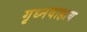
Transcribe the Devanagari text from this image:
गृध्नवाहाय